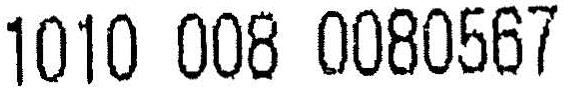
1010 008 0080567